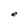
Character: e